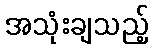
အသုံးချသည့်